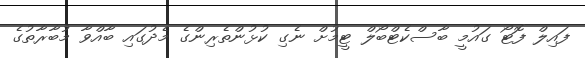
ފައިލް ފޮޓޯ ގައުމީ ބާސްކެޓްބޯލް ޓީމުށް ނެގި ކުޅުންތެރިންގެ މެދުގައި ބާއްވާ މުބާރާތުގެ